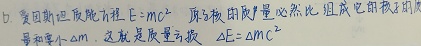
b. 爱因斯坦质能方程 \(E = mc^{2}\)。原子核的质量 \(m_0\) 必然比组成它的核子的质量和要小 \(\Delta m\)，这就是质量亏损 \(\Delta E=\Delta mc^{2}\)。